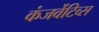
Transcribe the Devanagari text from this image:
कंजर्वेटिव्स